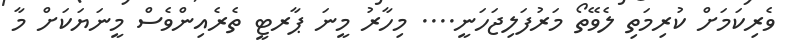
ވެރިކަމަށް ކުރިމަތި ލެވޭތޯ މަރުފަލިޖަހަނީ.... މިހާރު މީނަ ޕާރޓީ ތެރެއިންވެސް މީނަޔަކަށް މާ